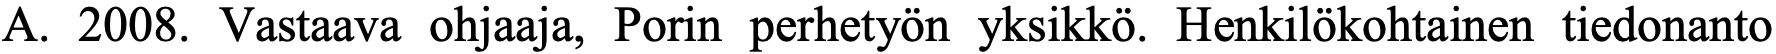
A. 2008. Vastaava ohjaaja, Porin perhetyön yksikkö. Henkilökohtainen tiedonanto